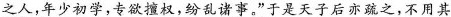
\underline{之人，年少初学，专欲擅权，纷乱语事。”}于是天子后亦疏之，不用其